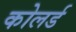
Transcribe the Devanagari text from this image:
कोलर्ड